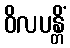
ဝိလပန္တိံ